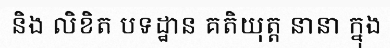
និង លិខិត បទដ្ឋាន គតិយុត្ត នានា ក្នុង